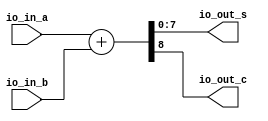
module full_adder(
  input  [7:0] io_in_a,
  input  [7:0] io_in_b,
  output [7:0] io_out_s,
  output       io_out_c
);
  wire [8:0] _result_T = io_in_a + io_in_b; // @[BinaryDesigns.scala 55:23]
  wire [9:0] _result_T_1 = {{1'd0}, _result_T}; // @[BinaryDesigns.scala 55:34]
  wire [8:0] result = _result_T_1[8:0]; // @[BinaryDesigns.scala 54:22 55:12]
  assign io_out_s = result[7:0]; // @[BinaryDesigns.scala 56:23]
  assign io_out_c = result[8]; // @[BinaryDesigns.scala 57:23]
endmodule